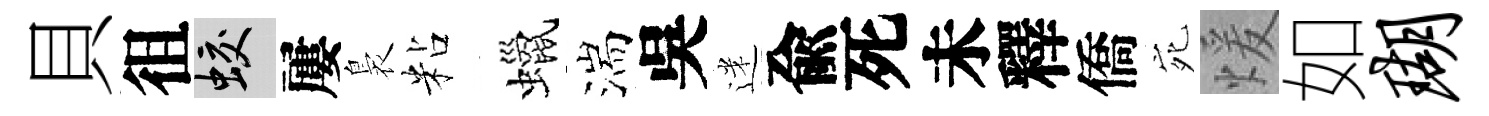
貝徂蛟屢裊粘蠟湍吳迷兪死未釋僑宛煖如瑚